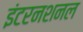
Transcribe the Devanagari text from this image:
इंटरनशनल